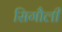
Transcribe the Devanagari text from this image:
सिगौली